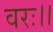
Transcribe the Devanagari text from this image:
वरः।।